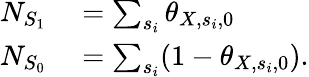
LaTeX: \begin{array}{rl}{N_{S_{1}}}&{{}=\sum_{s_{i}}\theta_{X,s_{i},0}}\\ {N_{S_{0}}}&{{}=\sum_{s_{i}}(1-\theta_{X,s_{i},0}).}\end{array}